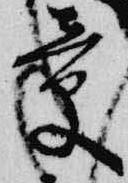
章